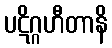
ပဋိဂ္ဂဟီတာနိ